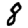
Digit: 8